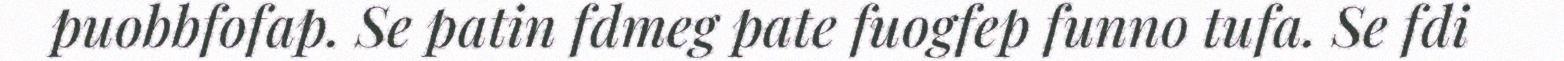
puobbfofap. Se patin fdmeg pate fuogfep funno tufa. Se fdi